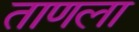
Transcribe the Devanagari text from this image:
ताणला